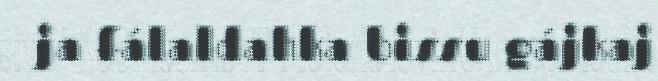
ja fálaldahka bissu gájkaj